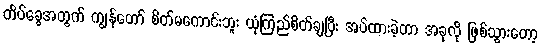
တိပ်ခွေအတွက် ကျွန်တော် စိတ်မကောင်းဘူး ယုံကြည်စိတ်ချပြီး အပ်ထားခဲ့တာ အခုလို ဖြစ်သွားတော့